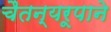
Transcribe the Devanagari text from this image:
चैतन्यरूपाने